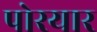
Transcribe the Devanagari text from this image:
पोरयार